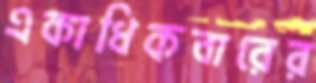
একাধিকবারের